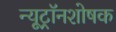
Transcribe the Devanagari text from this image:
न्यूट्रॉनशोषक